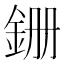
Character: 銏